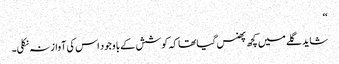
‘‘
شاید گلے میں کچھ پھنس گیا تھا کہ کوشش کے با وجود اس کی آواز نہ نکلی۔